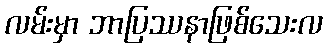
လမ်းမှာ ဘာပြဿနာဖြစ်သေးလ